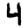
Digit: 4